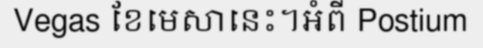
Vegas ខែមេសានេះ។អំពី Postium